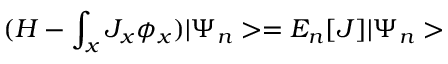
( H - \int _ { x } J _ { x } \phi _ { x } ) | \Psi _ { n } > = E _ { n } [ J ] | \Psi _ { n } >